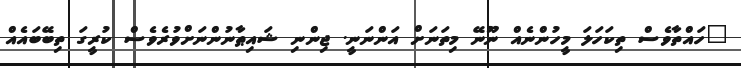
"ހައްތާވެސް ތިކަހަލަ މީހުންނެއް ނޫނޭ މިތަނަށް އަންނަނީ. ޖިންނި ޝައިޠާނުންނަށްވުރެވެސް ކުރީގަ ތިބޭބައެއް